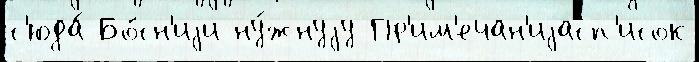
с'юда́ Бо́сн'иjи ну́жнуjу Пр'им'ечан'иjасп'исок